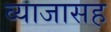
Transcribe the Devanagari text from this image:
व्याजासह